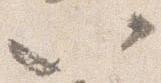
以